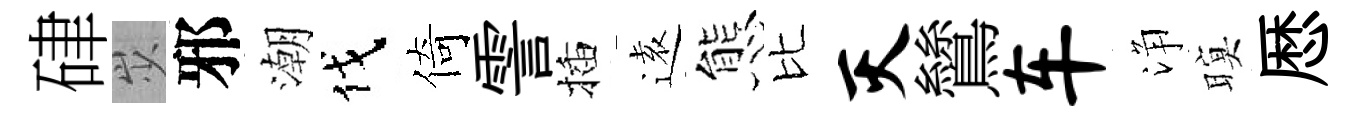
硉𡵯邪潮伐倚霅插逺態比灭鷥车浄暝厯